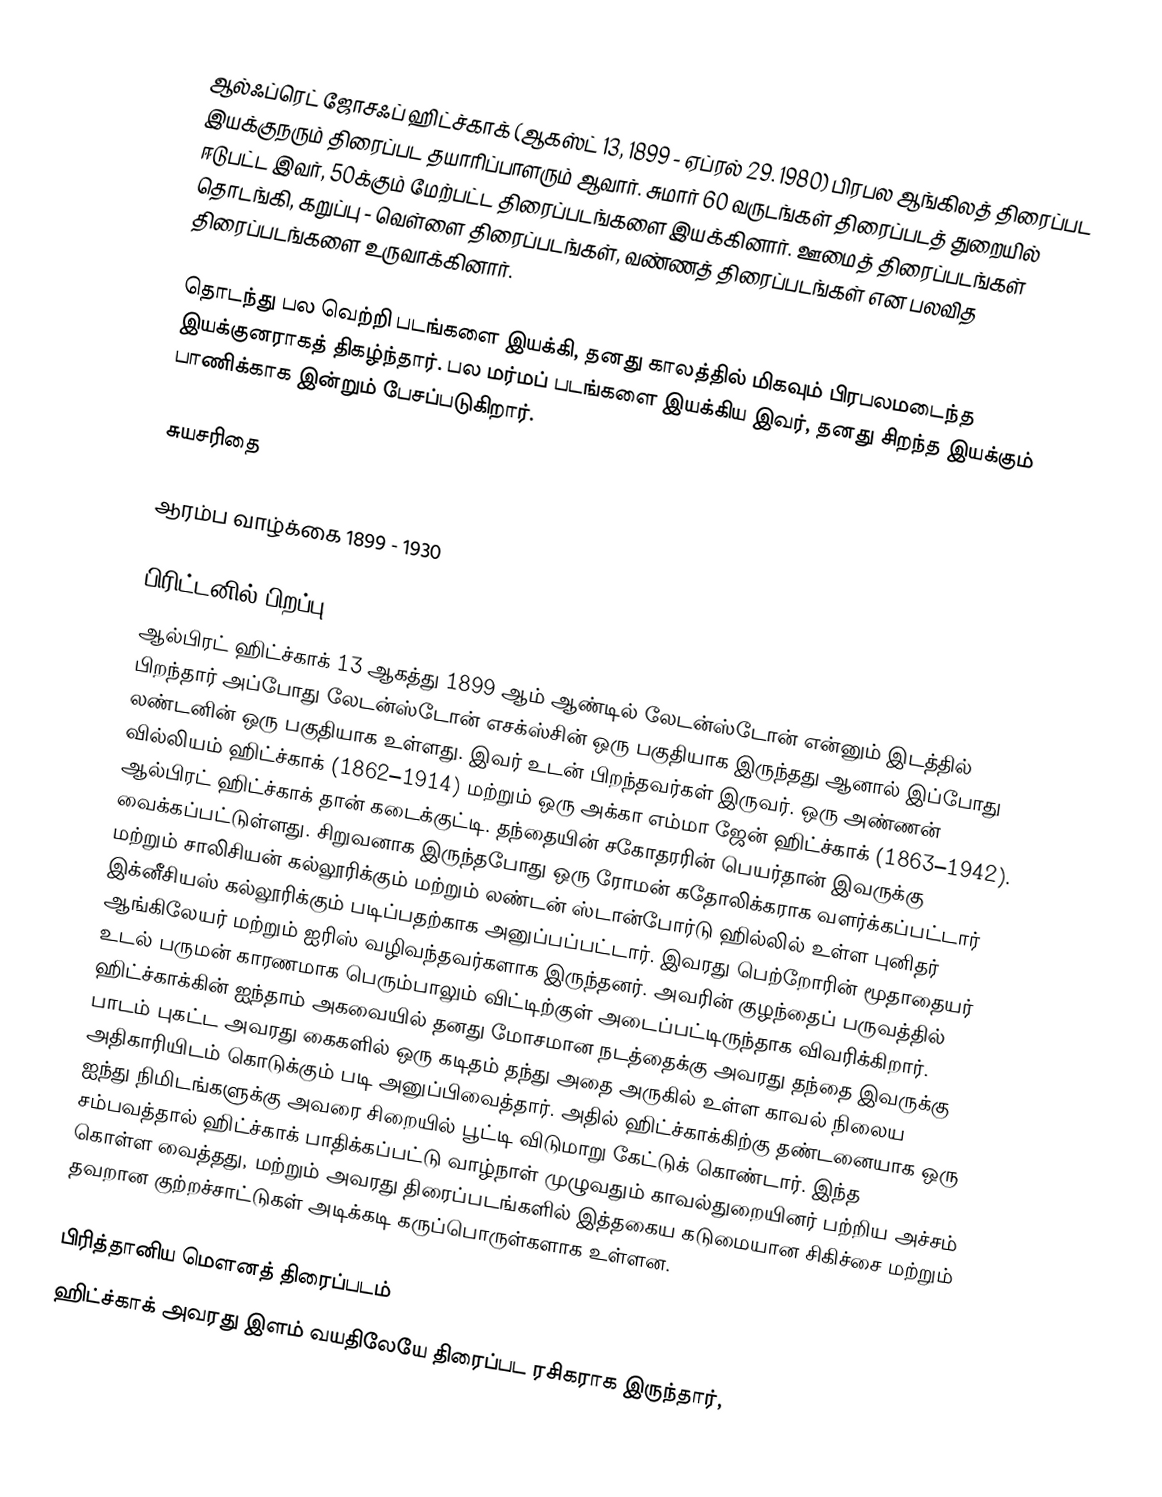
ஆல்ஃப்ரெட் ஜோசஃப் ஹிட்ச்காக் (ஆகஸ்ட் 13, 1899 - ஏப்ரல் 29. 1980) பிரபல ஆங்கிலத் திரைப்பட இயக்குநரும் திரைப்பட தயாரிப்பாளரும் ஆவார். சுமார் 60 வருடங்கள் திரைப்படத் துறையில் ஈடுபட்ட இவர், 50க்கும் மேற்பட்ட திரைப்படங்களை இயக்கினார். ஊமைத் திரைப்படங்கள் தொடங்கி, கறுப்பு - வெள்ளை திரைப்படங்கள், வண்ணத் திரைப்படங்கள் என பலவித திரைப்படங்களை உருவாக்கினார்.

தொடந்து பல வெற்றி படங்களை இயக்கி, தனது காலத்தில் மிகவும் பிரபலமடைந்த இயக்குனராகத் திகழ்ந்தார். பல மர்மப் படங்களை இயக்கிய இவர், தனது சிறந்த இயக்கும் பாணிக்காக இன்றும் பேசப்படுகிறார்.

சுயசரிதை

ஆரம்ப வாழ்க்கை 1899 - 1930

பிரிட்டனில் பிறப்பு
ஆல்பிரட் ஹிட்ச்காக் 13 ஆகத்து 1899 ஆம் ஆண்டில் லேடன்ஸ்டோன் என்னும் இடத்தில் பிறந்தார் அப்போது லேடன்ஸ்டோன் எசக்ஸ்சின் ஒரு பகுதியாக இருந்தது ஆனால் இப்போது லண்டனின் ஒரு பகுதியாக உள்ளது. இவர் உடன் பிறந்தவர்கள் இருவர். ஒரு அண்ணன் வில்லியம் ஹிட்ச்காக்  (1862–1914) மற்றும் ஒரு அக்கா எம்மா ஜேன் ஹிட்ச்காக் (1863–1942). ஆல்பிரட் ஹிட்ச்காக் தான் கடைக்குட்டி. தந்தையின் சகோதரரின் பெயர்தான் இவருக்கு வைக்கப்பட்டுள்ளது. சிறுவனாக இருந்தபோது ஒரு ரோமன் கதோலிக்கராக வளர்க்கப்பட்டார் மற்றும் சாலிசியன் கல்லூரிக்கும்  மற்றும் லண்டன் ஸ்டான்போர்டு ஹில்லில் உள்ள புனிதர் இக்னீசியஸ் கல்லூரிக்கும் படிப்பதற்காக அனுப்பப்பட்டார். இவரது பெற்றோரின் மூதாதையர் ஆங்கிலேயர் மற்றும் ஐரிஸ் வழிவந்தவர்களாக இருந்தனர். அவரின் குழந்தைப் பருவத்தில் உடல் பருமன் காரணமாக பெரும்பாலும் விட்டிற்குள் அடைப்பட்டிருந்தாக விவரிக்கிறார். ஹிட்ச்காக்கின் ஐந்தாம் அகவையில் தனது மோசமான நடத்தைக்கு அவரது தந்தை இவருக்கு பாடம் புகட்ட அவரது கைகளில் ஒரு கடிதம் தந்து அதை அருகில் உள்ள காவல் நிலைய அதிகாரியிடம் கொடுக்கும் படி அனுப்பிவைத்தார். அதில் ஹிட்ச்காக்கிற்கு தண்டனையாக ஒரு ஐந்து நிமிடங்களுக்கு அவரை சிறையில் பூட்டி விடுமாறு கேட்டுக் கொண்டார். இந்த சம்பவத்தால் ஹிட்ச்காக் பாதிக்கப்பட்டு வாழ்நாள் முழுவதும் காவல்துறையினர் பற்றிய அச்சம் கொள்ள வைத்தது, மற்றும் அவரது திரைப்படங்களில் இத்தகைய கடுமையான சிகிச்சை மற்றும் தவறான குற்றச்சாட்டுகள் அடிக்கடி கருப்பொருள்களாக உள்ளன.

பிரித்தானிய மெளனத் திரைப்படம்
ஹிட்ச்காக் அவரது இளம் வயதிலேயே திரைப்பட ரசிகராக இருந்தார்,